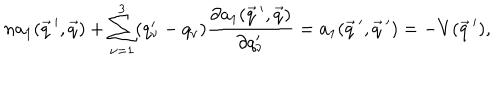
LaTeX: n a _ { 1 } ( \vec { q } \, ^ { \prime } , \vec { q } ) + \sum _ { \nu = 1 } ^ { 3 } ( q _ { \nu } ^ { \prime } - q _ { \nu } ) \frac { \partial a _ { 1 } ( \vec { q } \, ^ { \prime } , \vec { q } ) } { \partial q _ { \nu } ^ { \prime } } = a _ { 1 } ( \vec { q } \, ^ { \prime } , \vec { q } \, ^ { \prime } ) = - V ( \vec { q } \, ^ { \prime } ) ,